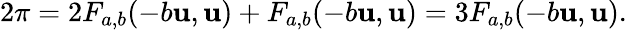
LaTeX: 2\pi=2F_{a,b}(-b\mathbf{u},\mathbf{u})+F_{a,b}(-b\mathbf{u},\mathbf{u})=3F_{a,b}(-b\mathbf{u},\mathbf{u}).